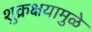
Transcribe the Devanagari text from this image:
शुक्रक्षयामुळे